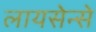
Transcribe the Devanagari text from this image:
लायसेन्से